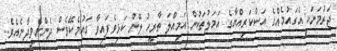
ޖަރުމަނަކީ އެގައުމެއްގެ އަސްކަރިއްޔާގެ އަމަލުތަކުން އަމިއްލަ ތާރީހު ލޭން ކަޅިވެފައިވާ ގައުމެކޭވެސް ދެންނެވިދާނެއެވެ.